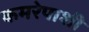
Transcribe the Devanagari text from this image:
कमरेपाशी